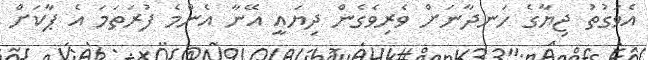
އެވަގުތު ޖިޔާގެ ހަނދާނަށް ވެރިވެގެން ދިޔައީ އޭނާ އެންމެ ފުރަތަމަ އެ ޕާކަށް